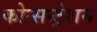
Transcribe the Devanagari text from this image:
कोन्सन्ट्रेशन